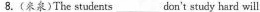
8. (来泉)The students___don't study hard will